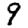
Digit: 9